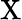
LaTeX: \mathrm{X}